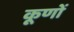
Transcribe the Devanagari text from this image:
कूणों